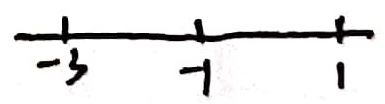
\[\begin{array}{ccc}\vert& \vert &\vert\\ -3& - 1&1\end{array}\]